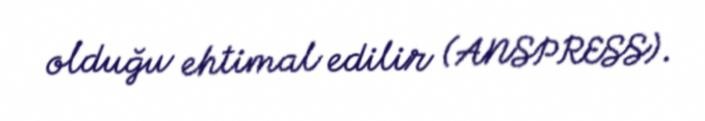
olduğu ehtimal edilir (ANSPRESS).